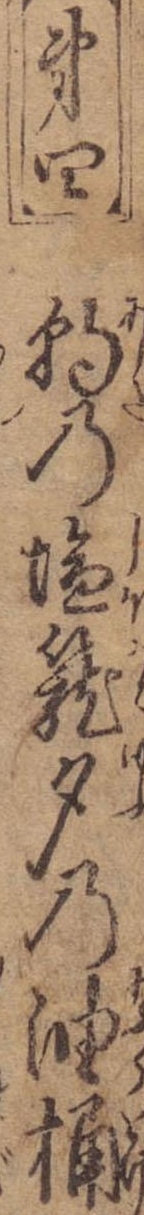
第四朝の塩篭夕の油桶